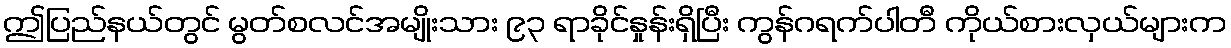
ဤပြည်နယ်တွင် မွတ်စလင်အမျိုးသား ၉၃ ရာခိုင်နှုန်းရှိပြီး ကွန်ဂရက်ပါတီ ကိုယ်စားလှယ်များက